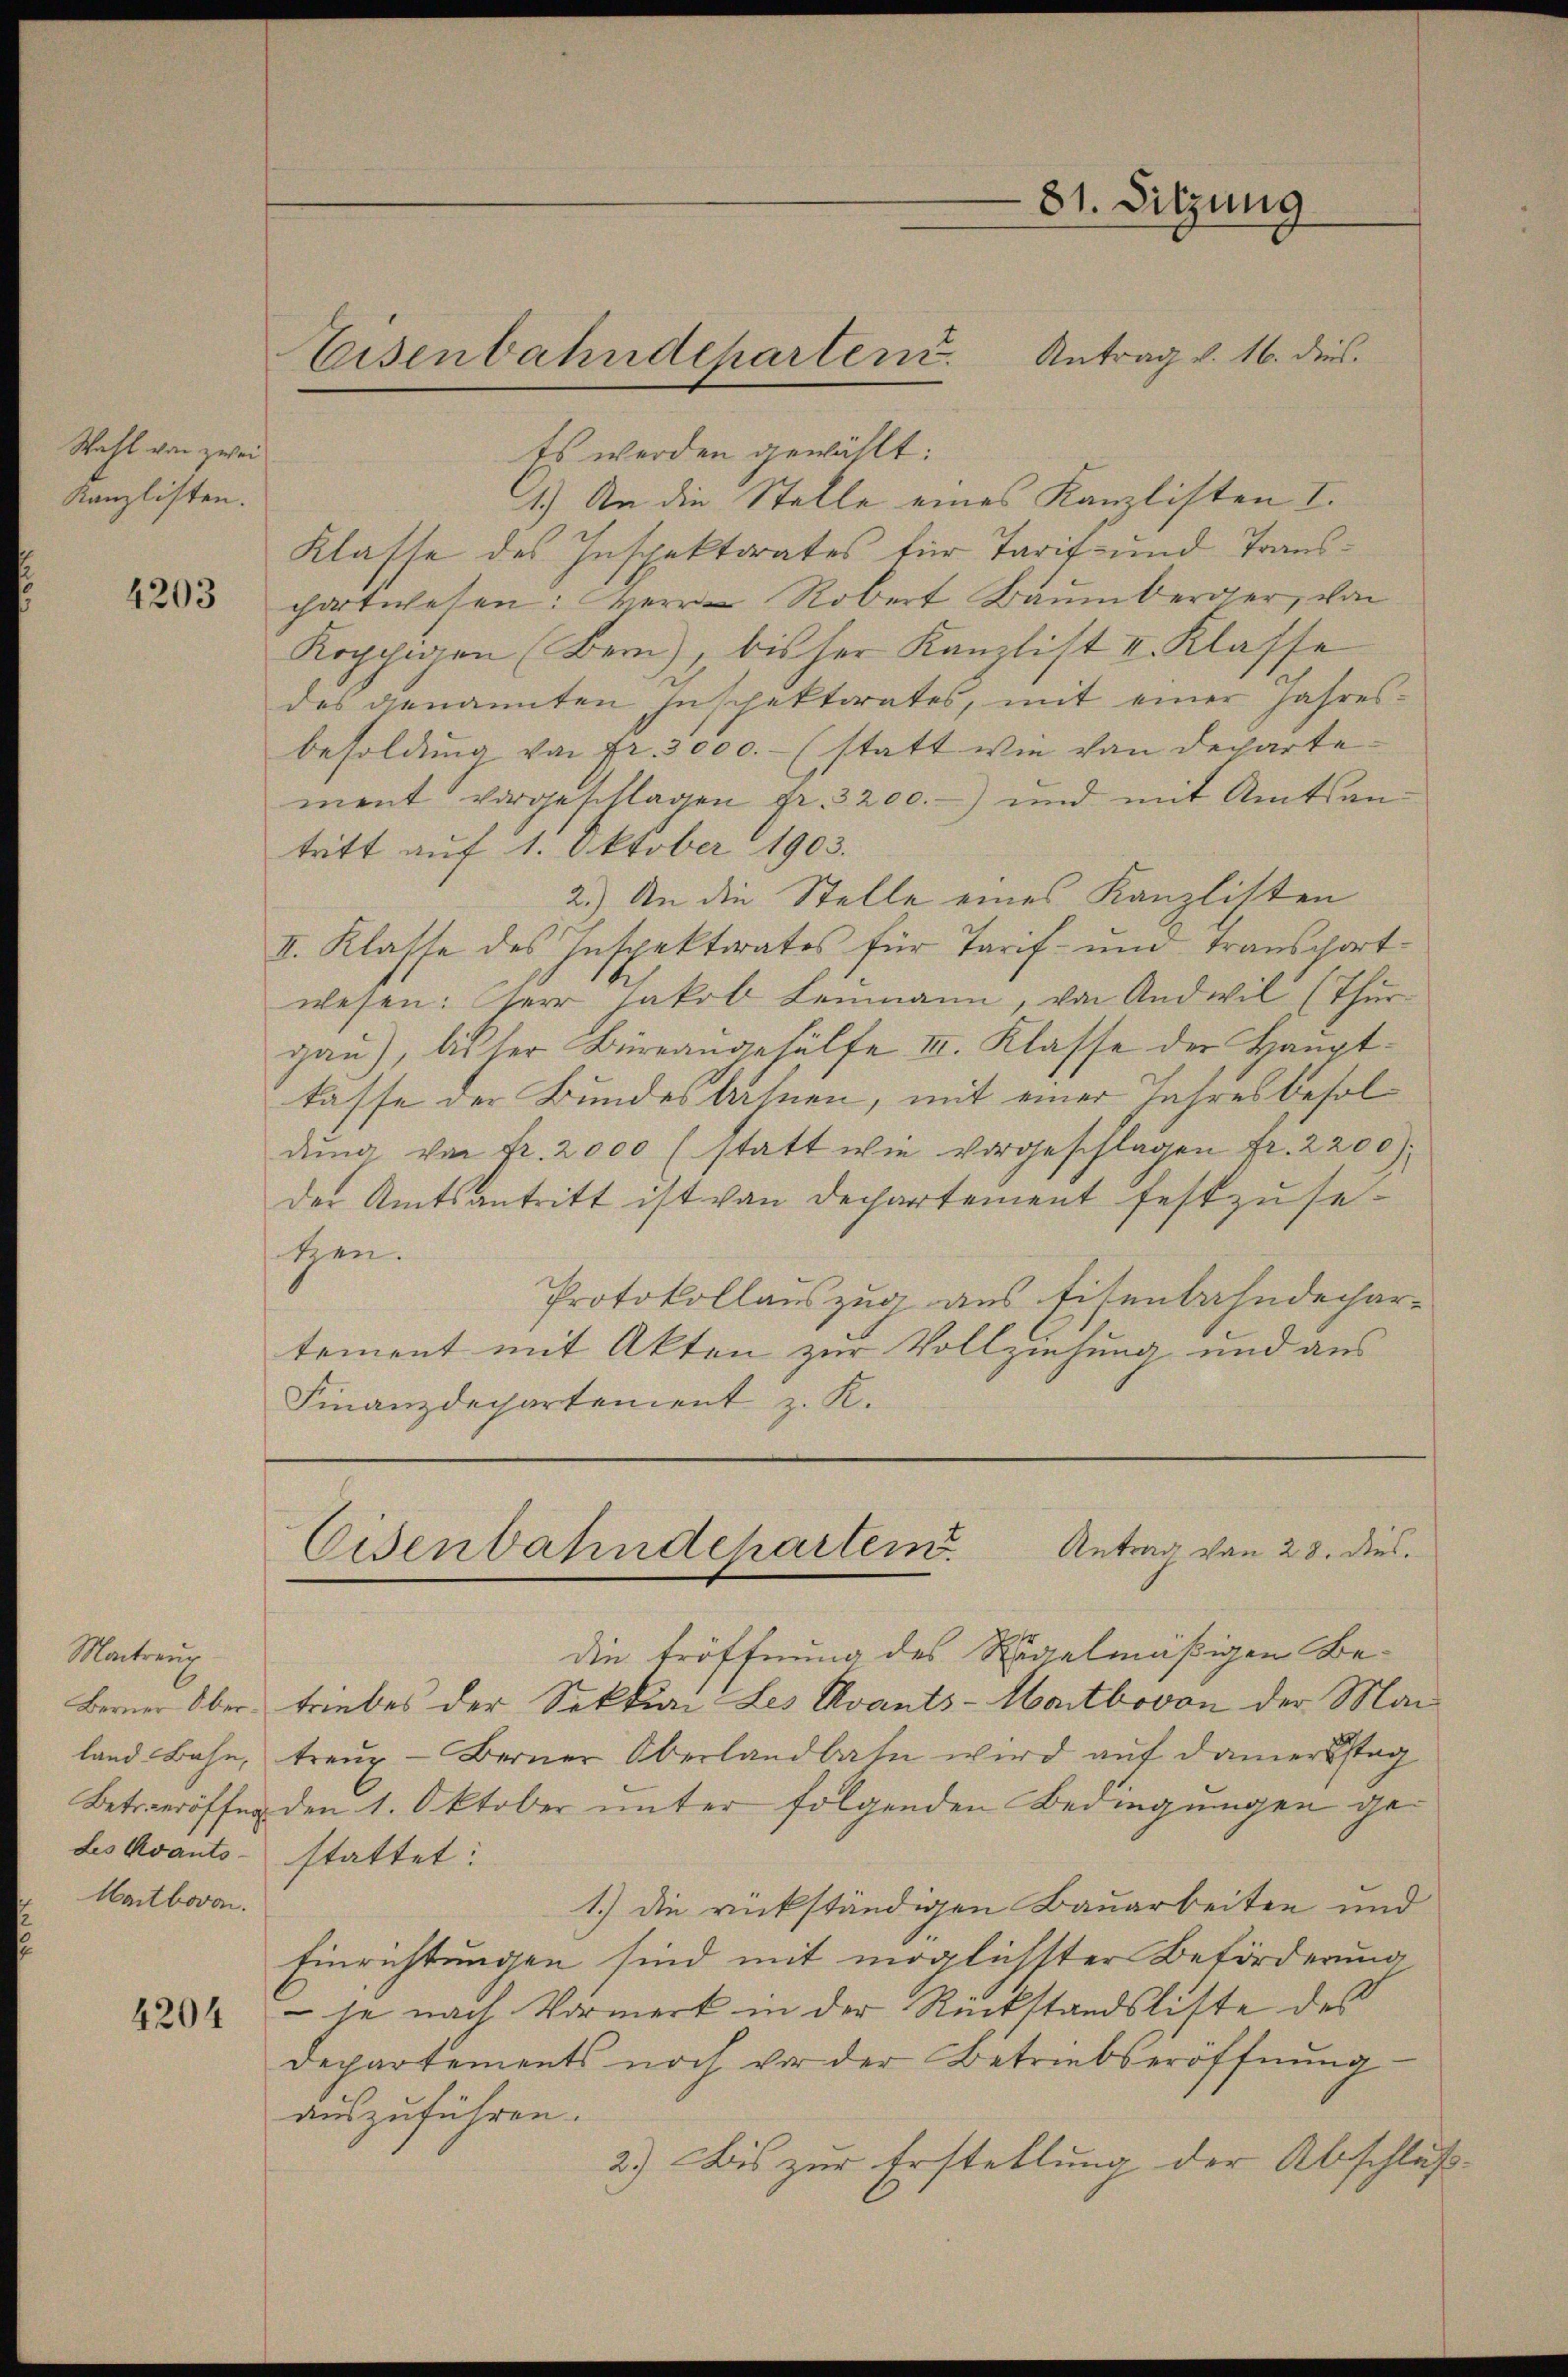
Wahl von zwei
Kanzlisten.

4203

Montreng
Les avants stattet:
Wartbovo.

4204

Eisenbahndeparten.

81. Sitzung

Antrag v. 16. dies

ts werden gewählt:
1.) An die Stelle eines Kanzlisten I.
Klasse des Inspektorates für Tarif- und Transchartwesen: Robert Baumberger, von
Koppigen (Bern, bisher Kanzlist I. Klasse
des genannten Inschektorates, mit einer Jahresbesoldung von fr. 3000.- (statt wie von Departement vorgeschlagen fr. 3200.- und mit Amtsan-
tritt auf 1. Oktober 1903.
2.) An die Stelle eines Kanzlisten
II. Klasse des Inspektoratos für Tarif- und Transport-
wesen: Herr Jakob Leumann, von And wil (Thurgau), bisher Büreangehülfe II. Klasse der Hauptkasse der Bundesbahnen, mit einer Jahresbesol
dŭng von Fr. 2000 (statt wie vorgeschlagen fr. 2200)
der Amtsantritt ist von Dechartement festzusesetzen.
Protokollauszug aus Eisenbahndechartement mit Akten zur Vollziehung und aus
Finanzdepartement z. K.

Antrag von 28. dies.
Eisenbahndepartem

die Eröffnung des Regelmäßigen Be¬
Berner Ober triebes der Sektion Les evants-Hotbovon der Mai
land Bahn, treuz - Berner Oberlandbahn wird auf danerstag
Betreröffen den 1. Oktober unter folgenden Bedingungen ge¬
1.) Die rückständigen Bauarbeiten und
Einrichtungen sind mit möglichster Beförderung
 je nach Vormerk in der Rückstandsliste des
Departements noch vor der Betriebseröffnung
auszuführen.
2.) Bis zur Erstellung der Abschluß¬